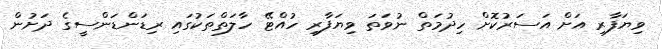
ވިޔަފާރި އަށް އަސަރުކޮށް ހިދުމަތް ނުވަތަ ވިޔަފާރި ހުއްޓޭ ހާލަތްތަކުގައި ރިޑަންޑަންސީގެ ދަށުން